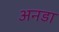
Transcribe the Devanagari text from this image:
अनडा